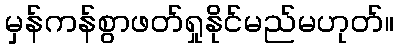
မှန်ကန်စွာဖတ်ရှုနိုင်မည်မဟုတ်။